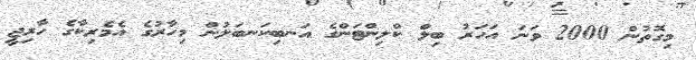
މިގޮތުން 2000 ވަނަ އަހަރު ބިލް ކްލިންޓަންގެ އަނބިކަނބަލުން މިހާރުގެ އެމެރިކާގެ ހާރިޖީ